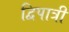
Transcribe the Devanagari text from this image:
द्विपात्री